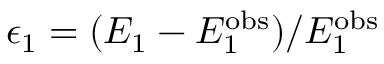
\epsilon _ { \mathrm { 1 } } = ( E _ { \mathrm { 1 } } - E _ { 1 } ^ { \mathrm { o b s } } ) / E _ { 1 } ^ { \mathrm { o b s } }